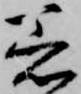
着